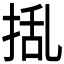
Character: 𭡃